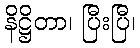
နိဋ္ဌိတာ၊ ပြီးပြီ၊